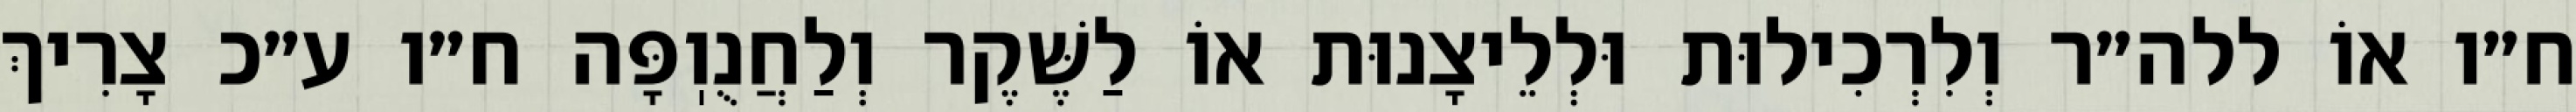
ח״ו אוֹ ללה״ר וְלִרְכִילוּת וּלְלֵיצָנוּת אוֹ לַשֶּׁקֶר וְלַחֲנֻוֽפָּה ח״ו ע״כ צָרִיךְ